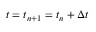
t = t _ { n + 1 } = t _ { n } + \Delta t